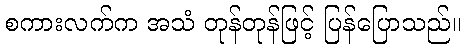
စကားလက်က အသံ တုန်တုန်ဖြင့် ပြန်ပြောသည်။